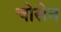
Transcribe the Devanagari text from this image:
चोसेन